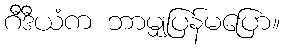
ဂီဒီယံက ဘာမျှပြန်မပြော။